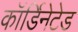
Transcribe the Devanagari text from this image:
कॉर्डिनेटेड